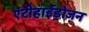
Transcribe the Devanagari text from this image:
एंटीहाईड्रोजन